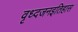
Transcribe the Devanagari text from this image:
वृध्दजनइतिहास